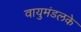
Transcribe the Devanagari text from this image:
वायुमंडलके